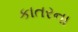
કાતરના